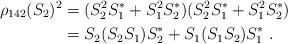
LaTeX: \begin{align*}\rho_{142}(S_2)^2 & = (S_2^2S_1^*+S_1^2S_2^*) (S_2^2S_1^*+S_1^2S_2^*)\\& = S_2(S_2S_1)S_2^*+S_1(S_1S_2)S_1^* \; .\end{align*}